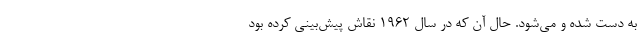
به دست شده و می‌شود. حال آن که در سال 1962 نقاش پیش‌بینی کرده بود